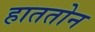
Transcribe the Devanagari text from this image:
हाततोन